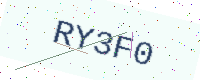
Text: RY3F0